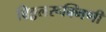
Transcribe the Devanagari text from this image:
विठ्ठलरूक्मिणी